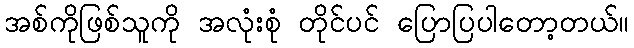
အစ်ကိုဖြစ်သူကို အလုံးစုံ တိုင်ပင် ပြောပြပါတော့တယ်။